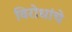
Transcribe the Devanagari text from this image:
विरोधांचे